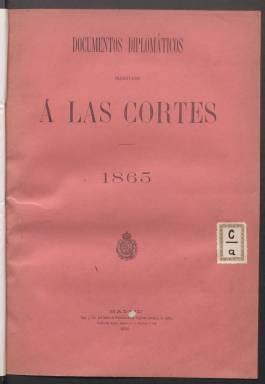
Título: Documentos diplomáticos presentados a las Cortes
Otros títulos: Documentos diplomáticos presentados a las Cortes en la legislatura de ... por el Ministerio de Estado, 1881-1882,1887-1888 || Documentos parlamentarios preparados para ser presentados a las Cortes en la legislatura de ..., 1885-1886
Colección: Política
Ámbito geográfico: Madrid
Lugar de publicación: Madrid
Fechas: 01/01/1865-31/12/1888